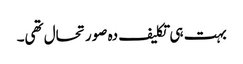
بہت ہی تکلیف دہ صورتحال تھی۔